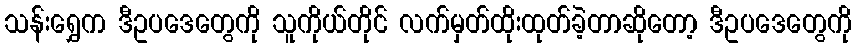
သန်းရွှေက ဒီဥပဒေတွေကို သူကိုယ်တိုင် လက်မှတ်ထိုးထုတ်ခဲ့တာဆိုတော့ ဒီဥပဒေတွေကို